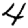
Digit: 4